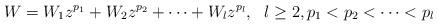
LaTeX: \begin{align*} W=W_1z^{p_1}+W_2z^{p_2}+\cdots+W_lz^{p_l},\ \ l\geq 2, p_1<p_2<\dots<p_l \end{align*}